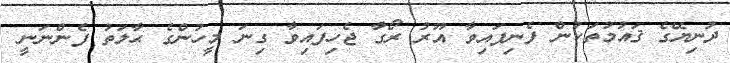
ދުނިޔޭގެ ޤައުމުތަކުން ފެނިފައިވާ އޫރު ރޯގާ ޖެހިފައިވާ ގިނަ މީހުންގެ ޙާލަތު ފެންނަނީ